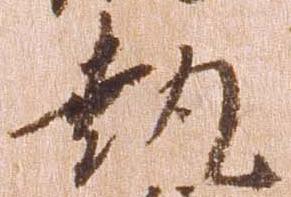
執